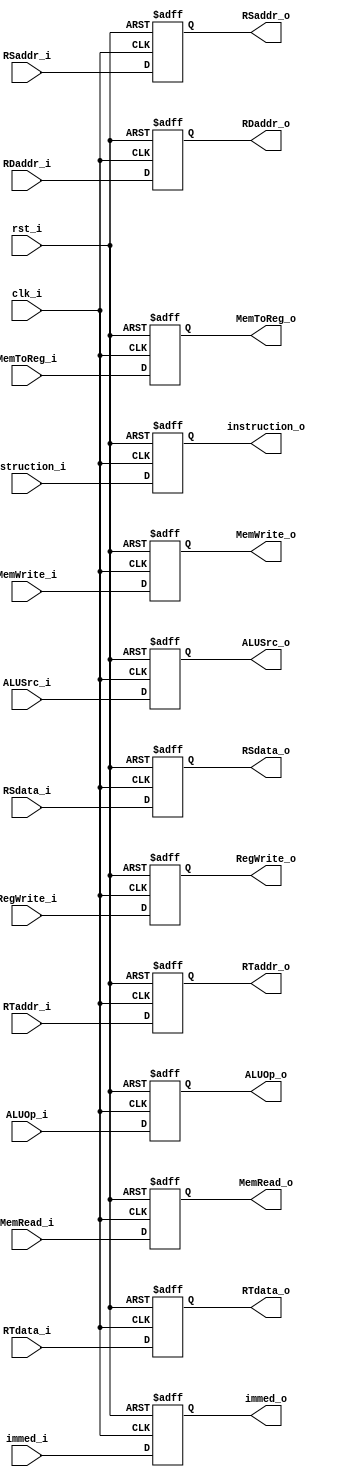
module Pipe_ID_EX(
	clk_i,
	rst_i,

	RSdata_i,
	RTdata_i,
	RSdata_o,
	RTdata_o,
	RSaddr_i,
	RTaddr_i,
	RDaddr_i,
	RSaddr_o,
	RTaddr_o,
	RDaddr_o,
	immed_i,
	immed_o,

    instruction_i,
    instruction_o,
	//control output
	ALUSrc_i,
    MemToReg_i,
    RegWrite_i,
    MemWrite_i,
    MemRead_i,
    ALUOp_i,
    ALUSrc_o,
    MemToReg_o,
    RegWrite_o,
    MemWrite_o,
    MemRead_o,
    ALUOp_o
);

input clk_i,rst_i;
input [31:0] RSdata_i,RTdata_i, instruction_i;
input [4:0] RSaddr_i,RTaddr_i,RDaddr_i;
input [31:0]immed_i;
input ALUSrc_i;//
input MemToReg_i;//
input RegWrite_i;//
input MemWrite_i;//
input MemRead_i;//
input [1:0] ALUOp_i;

output reg [31:0] RSdata_o,RTdata_o, instruction_o;
output reg [4:0] RSaddr_o,RTaddr_o,RDaddr_o;
output reg [31:0]immed_o;
output reg ALUSrc_o;//
output reg MemToReg_o;//                                                                               
output reg RegWrite_o;//
output reg MemWrite_o;//
output reg MemRead_o;//
output reg [1:0] ALUOp_o;//



always @(posedge clk_i or negedge rst_i)begin
    if (~rst_i) begin
    	RSdata_o <= 0;
    	RTdata_o <= 0;
        immed_o  <= 0;	
    	RSaddr_o <= 0;
    	RTaddr_o <= 0;
    	RDaddr_o <= 0;
    	ALUSrc_o <= 0;
       
    	MemToReg_o <= 0;
        RegWrite_o <= 0;
        MemWrite_o <= 0;
        MemRead_o <= 0;
        ALUOp_o <= 0;
        instruction_o <= 0;
        
    end
    else begin
    	RSdata_o <= RSdata_i;
    	RTdata_o <= RTdata_i;
        immed_o  <= immed_i;	
    	
    	RSaddr_o <= RSaddr_i;
    	RTaddr_o <= RTaddr_i;
    	RDaddr_o <= RDaddr_i;
    	ALUSrc_o <= ALUSrc_i;
       
    	MemToReg_o <= MemToReg_i;
        RegWrite_o <= RegWrite_i;
        MemWrite_o <= MemWrite_i;
        MemRead_o <= MemRead_i;
        ALUOp_o <= ALUOp_i;
        instruction_o <= instruction_i;
    end

end
endmodule